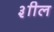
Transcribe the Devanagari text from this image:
३ाील